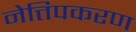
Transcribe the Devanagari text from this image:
नेत्तिपकरण